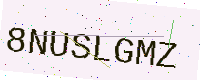
Text: 8NUSLGMZ